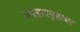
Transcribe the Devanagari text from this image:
उपहारगृहाचा